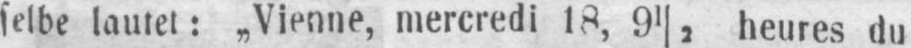
selbe lautet: „Vienne, mercredi 18, 9½ heures du